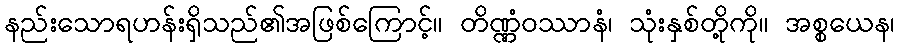
နည်းသောရဟန်းရှိသည်၏အဖြစ်ကြောင့်။ တိဏ္ဏံဝဿာနံ၊ သုံးနှစ်တို့ကို။ အစ္စယေန၊